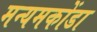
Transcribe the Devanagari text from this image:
मन्यमकोंडा